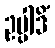
ဥပ္ပါဒိံ